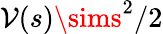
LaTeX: \mathcal{V}(s)\sims^{2}/2